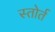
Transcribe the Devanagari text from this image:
स्तोर्त